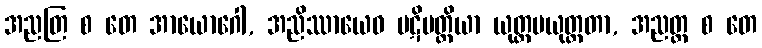
အညတြ စ တေ အာယောဂေါ, အညိဿာယေဝ ပဋိပတ္တိယာ ယုတ္တပယုတ္တတာ, အညတ္ထ စ တေ